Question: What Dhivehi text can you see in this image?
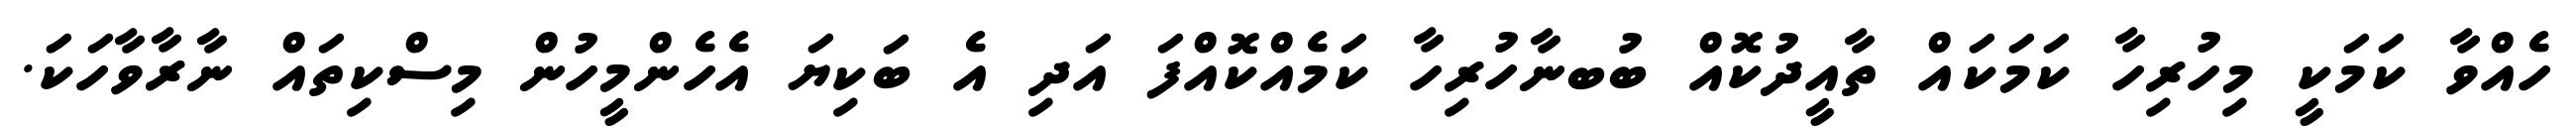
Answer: ހެއްވާ ކަމަކީ މިހުރިހާ ކަމަކައް ތާއީދުކޮއް ބުބނާހުރިހާ ކަމެއްކޮއްފަ އަދި އެ ބަކިޔަ އެހެންމީހުން މިސްކިތައް ނާރާވާހަކަ.